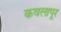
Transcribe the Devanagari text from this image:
कवलापूर